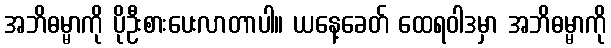
အဘိဓမ္မာကို ပိုဦးစားပေးလာတာပါ။ ယနေ့ခေတ် ထေရဝါဒမှာ အဘိဓမ္မာကို